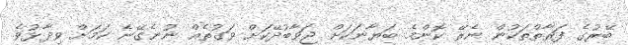
ބޭރުގެ ފަރާތްތަކުން ނެރޭ ކޮންމެ ބަޔާނަކަށް ޖަވާބުދޭކަށް ވަގުތެއް ނުނެގޭނެ ކަމަށް ވިދާޅުވެ